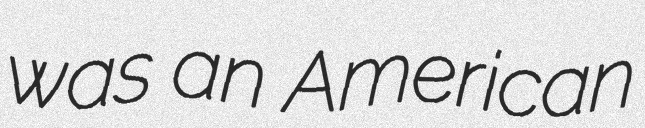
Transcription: was an American